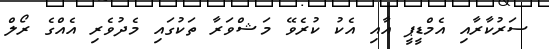
ސަރުކާރާއި އެމްޑީޕީ އާއި އެކު ކުރެވޭ މަޝްވަރާ ތަކުގައި މެދުވެރި އެއްގެ ރޯލް